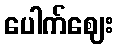
ပေါက်ဈေး